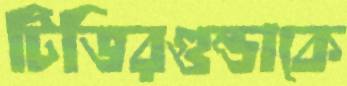
টিভিরগুন্ডাকে